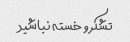
تشکر و خسته نباشید